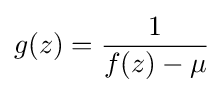
g(z)={\frac {1}{f(z)-\mu }}